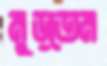
মুড়তেম